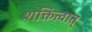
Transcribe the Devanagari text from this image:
शक्तित्वात्